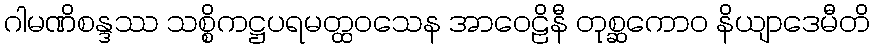
ဂါမဏိစန္ဒဿ သစ္စိကဋ္ဌပရမတ္ထဝသေန အာဝေဠိနီ တုစ္ဆကောဝ နိယျာဒေမီတိ